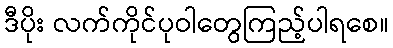
ဒီပိုး လက်ကိုင်ပုဝါတွေကြည့်ပါရစေ။